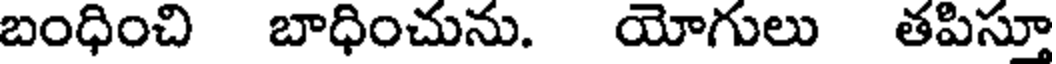
బంధించి బాధించును. యోగులు తపిస్తూ